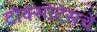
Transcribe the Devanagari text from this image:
टोक्सोटेसचे